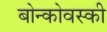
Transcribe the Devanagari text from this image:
बोन्कोवस्की